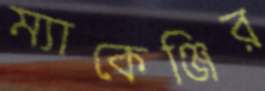
ম্যাকেঞ্জির